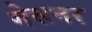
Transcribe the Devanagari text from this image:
गेसनर